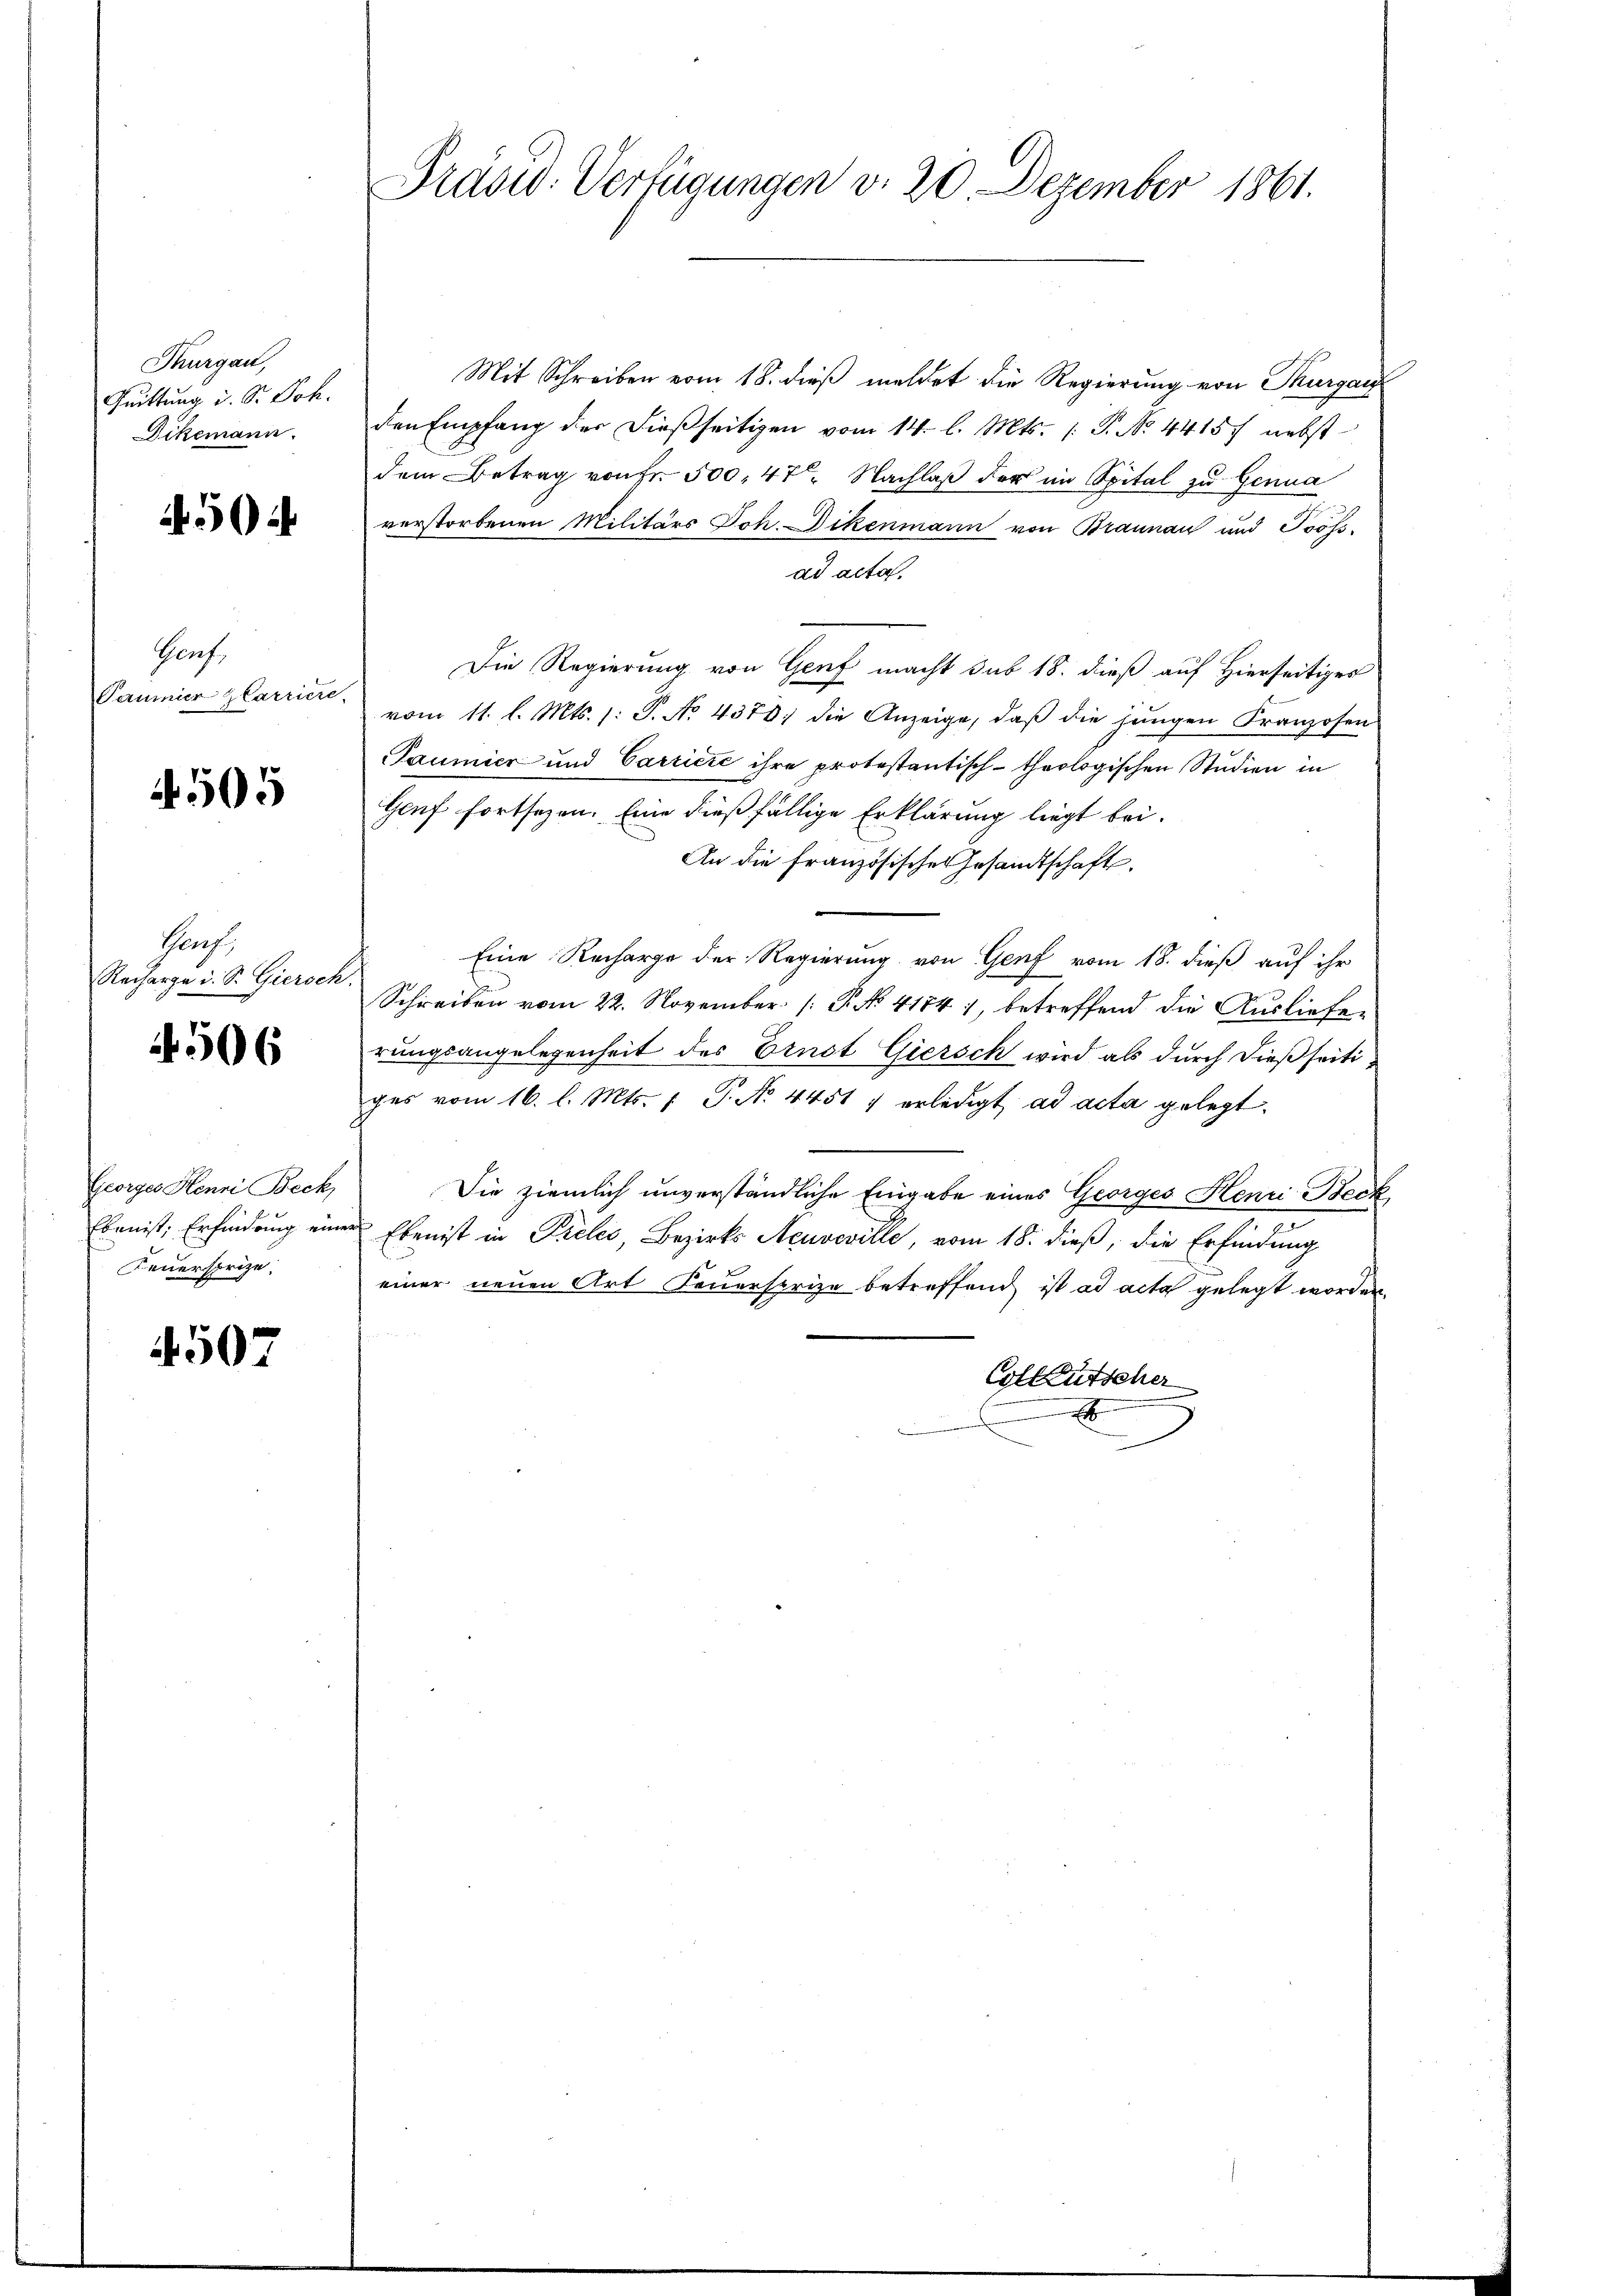
Thurgau,
Quittung u. Dr. Joh.
Dikemann.

4504

Genf,
Pammier Glarriere,

4505

Hach,
Recharge u. S. Giersch

4506

Georges Henri Beck,
Feuersprize.

507

Mit Schreiben vom 18. dieβ meldet die Regierung von Thurgau
den Empfang der dießseitigen vom 14. l. Mts. (T. No. 44157 nebst
dem Betrag von Fr. 500,47 Nachlaß der im Spital zu Genua
verstorbenen Militärs Joh. Dikenmann von Braunau und Toössad acta.
Die Regierung von Genf macht sub 18. dieß auf Hierseitiges
vom 11. l. Mts. 1: P. No 4378; die Anzeige, daβ die jungen Franzosen
Paumier und Carričić ihre protestantisch-theologischen Studien in
Gauf fortsezen. Eine dießfällige Erklärung liegt bei.
An die französisches Gesandtschaft.
Eine Recharge der Regierung von Genf vom 18. dieß auf ihr
Schreiben vom 22. November [ P. No 41541, betreffend die Auslieferungsangelegenheit des Ernst Giersch wird als durch dießseitiges vom 16. l. Mts. 1 P. No 44517 erledigt ad acta gelegt.
Die ziemlich unverständliche Eingabe eines Georges Henri Beck
7
Eben ist, Erfindung einer Eben ist in Preles, Bezirks Aeuveville, vom 18. dieß, die Erfindung
einer neuen Art Feuerstrize betreffend ist ad acta gelegt worden.
Coll Gutscher
xx

Präsid. Verfügungen v. 20. Dezember 1861.